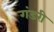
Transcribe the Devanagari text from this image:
गंडरी